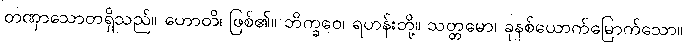
တဏှာသောတရှိသည်။ ဟောတိ၊ ဖြစ်၏။ ဘိက္ခဝေ၊ ရဟန်းတို့။ သတ္တမော၊ ခုနစ်ယောက်မြောက်သော။